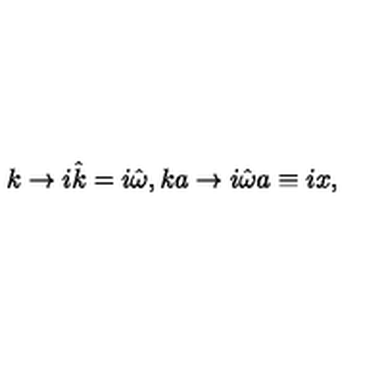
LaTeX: k \rightarrow i \hat { k } = i \hat { \omega } , k a \rightarrow i \hat { \omega } a \equiv i x ,